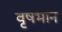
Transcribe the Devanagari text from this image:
वृषभान